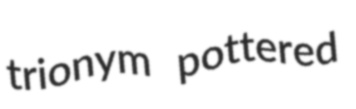
trionym pottered